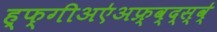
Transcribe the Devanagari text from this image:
ह्फ्गीअए॑अफ्र्व्द्स्व्॑